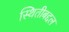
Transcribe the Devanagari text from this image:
स्थितीबद्दल